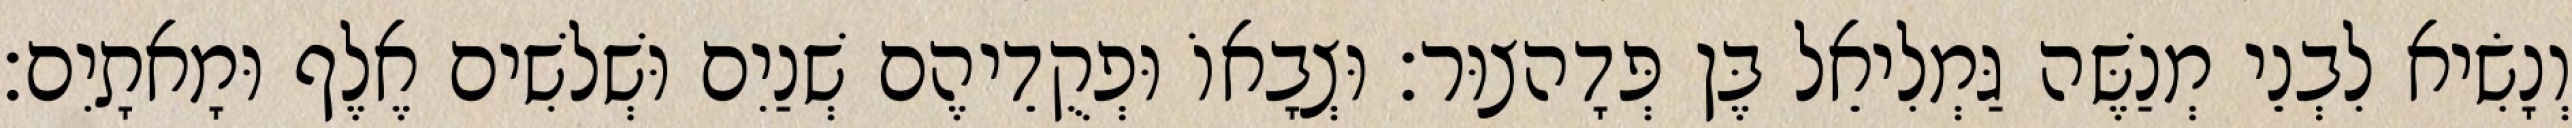
וְנָשִׂיא לִבְנֵי מְנַשֶּׁה גַּמְלִיאֵל בֶּן פְּדָהצוּר׃ וּצְבָאוֹ וּפְקֻדֵיהֶם שְׁנַיִם וּשְׁלשִׁים אֶלֶף וּמָאתָיִם׃